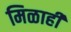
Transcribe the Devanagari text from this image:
मिळाही